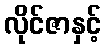
လိုင်ဇာနှင့်